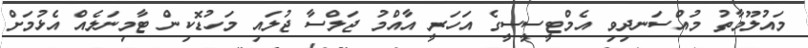
މައުލޫމާތު މުއްސަނދިވި އެމްޓީސީސީގެ އަހަރީ އާއްމު ޖަލްސާ ޖުލައި މަހުޑޮކިން ޓާމިނަލެއް އެޅުމަށް